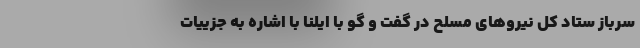
سرباز ستاد کل نیروهای مسلح در گفت و گو با ایلنا با اشاره به جزییات